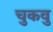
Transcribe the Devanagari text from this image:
चुकवु